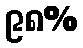
၉၈%